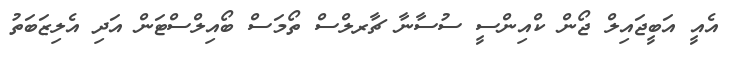
އެއީ އަބީޖައިލް ޖޯން ކްއިންސީ ސުސާނާ ޗާރލްސް ތޯމަސް ބޯއިލްސްޓަން އަދި އެލިޒަބަތު